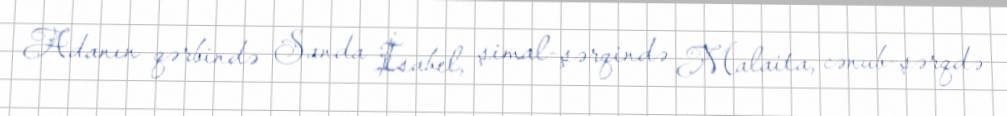
Adanın qərbində Sanda İsabel, şimal-şərqində Malaita, cənub-şərqdə